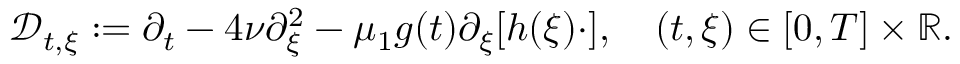
\mathcal { D } _ { t , \xi } : = \partial _ { t } - 4 \nu \partial _ { \xi } ^ { 2 } - \mu _ { 1 } g ( t ) \partial _ { \xi } [ h ( \xi ) \cdot ] , \quad ( t , \xi ) \in [ 0 , T ] \times \mathbb { R } .